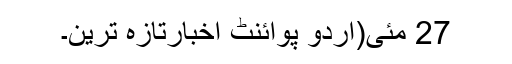
27 مئی(اُردو پوائنٹ اخبارتازہ ترین۔